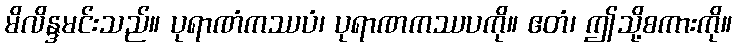
မိလိန္ဒမင်းသည်။ ပုရာဏံကဿပံ၊ ပုရာဏကဿပကို။ ဧတံ၊ ဤသို့စကားကို။